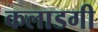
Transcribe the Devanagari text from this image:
कलाडगी